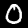
Label: 0